Scottish Leaving Certificate Examination, 1952
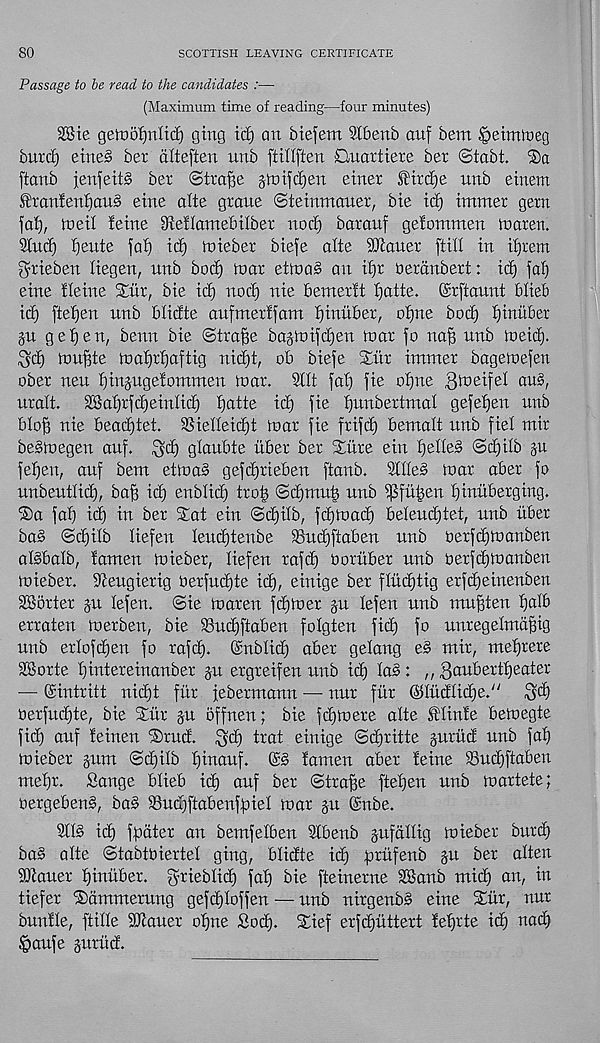
80
SCOTTISH LEAVING CERTIFICATE
Passage to be read to the candidates :—•
(Maximum time of reading—four minutes)
SSie ge to of) nit if) ging tcf) an biefem Sfbenb auf bem (jbeimroeg
burcf) etne§ ber dlteffen unb ffilfften Ouattiete ber ©tabt. ©a
ffanb jenfeit§ ber ©trafje ^ttttfdjen einer ftrcfje unb einem
®ranfenf)au§ eine afte gtaue ©teiranauer, bie id) tmmer gem
jaf), me if feme Sieflamefulber nod) baranf gefommen maren.
Sfnd) ^ente faf) id) mieber biefe alte iDfaner [till in ifjrem
grieben liegen, unb bod) mar etma§ an if)r oerdnbert: id)
eine fleine SExir, bie id) nod) nie bemerft I)affe. ©rftannt blieb
id) ftefjen nnb blidte aufmerffam fjiuiiber, ofjne bod) f)inuber
§u ge^en, bcnu bie ©tra^e bagmifdjen mar fo naB nxxb meid).
Sc£) muf)te maf)rf)a[tig Tiid)t, ob biefe Sitr immer bagemefetx
ober nen fjinjugefommen mar. 9flt fat) fie olfne B^eifet au§,
uralt.
dBal)rfd)eiu(id) fjatte id) fie ffunbertmat gefetjen unb
bloB nie beabBtet. SSietteidjt mar fie frifd) bemalt nnb fiet mir
be§megen anf. $d) glaubte itber ber Sure ein f)elle§ ©cBifb
fetfen, anf bem etma§ gefd)rteben ftanb. StlteS mar aber fo
unbeutlid), baB icB enblid) troB ©dfmuB nnb ^fiiBen t)mitberging.
Sa fat) id) in ber Sat ein ©d)t(b, fcBmacB betend)tet, nnb itbet
ba§ ©d)ilb liefen tendjtenbe 93ud)ftaben nnb Oerfd)manben
aldbafb, famen mieber, liefen rafd) ooriiber nnb oerfdjmanben
mieber. iRengierig berfncBte icB, einige ber flncBtig erfd)emenben
SBorter ju tefen. ©ie maren firmer ju lefen nnb mnBten t)atb
erraten merben, bie 3Sud)ftaben folgten fid) fo unregelmdBig
unb ertofcBen fo rafd). ©nbtid) aber getang e§ mir, mefjrere
SBorte t)intereinanber ju ergreifen nnb id) las : ,, gauberttjeater
— Sintritt nid)t fiir febermann — nnr fxir ©liidfidje." ^d)
oerfnd)te, bie Stir §u offnen; bie fdjmere alte SHinfe bemegte
fid) anf feinen Stud. $d) trat einige ©dfritte §urud nnb fat)
mieber gum ©d)ilb t)inanf.
famen aber feme 93ud)ftaben
metjr. Sange blieb id) anf ber ©traBe ftet)en nnb martete;
oergebenS, baS SSudfftabenfpiet mar gu @nbe.
SftS id) fpdter an bemfetben SCbenb gnfdltig mieber burd)
ba§ atte ©tabtbiertet ging, blidte id) )orufenb gu ber alien
dJtauer fjinuber. griebtid) fat) bie fteinerne 2Sanb mid) an, in
tiefer Sdmmerung gefd)toffen. — nnb nirgenbs eine Stir, nnr
bnxxfte, ftitte Mauer of)ne Sod). Sief erfdjuttert fef)rte id) nad)
§aufe guritd.